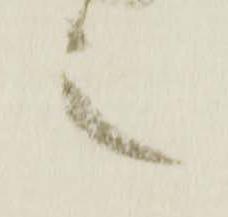
言